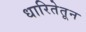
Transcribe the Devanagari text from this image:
धारितेतून